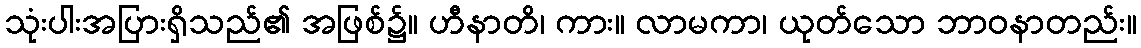
သုံးပါးအပြားရှိသည်၏ အဖြစ်၌။ ဟီနာတိ၊ ကား။ လာမကာ၊ ယုတ်သော ဘာဝနာတည်း။